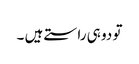
تو دو ہی راستے ہیں ۔